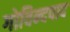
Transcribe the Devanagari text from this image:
गोविन्दपाद